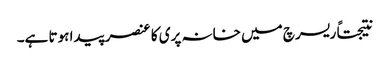
نتیجتاً ریسرچ میں خانہ پری کا عنصر پیدا ہوتا ہے۔